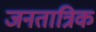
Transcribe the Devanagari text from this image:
जनतात्रिक